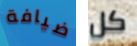
ضيافة كل